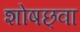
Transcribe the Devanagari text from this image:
शोषछ्वा